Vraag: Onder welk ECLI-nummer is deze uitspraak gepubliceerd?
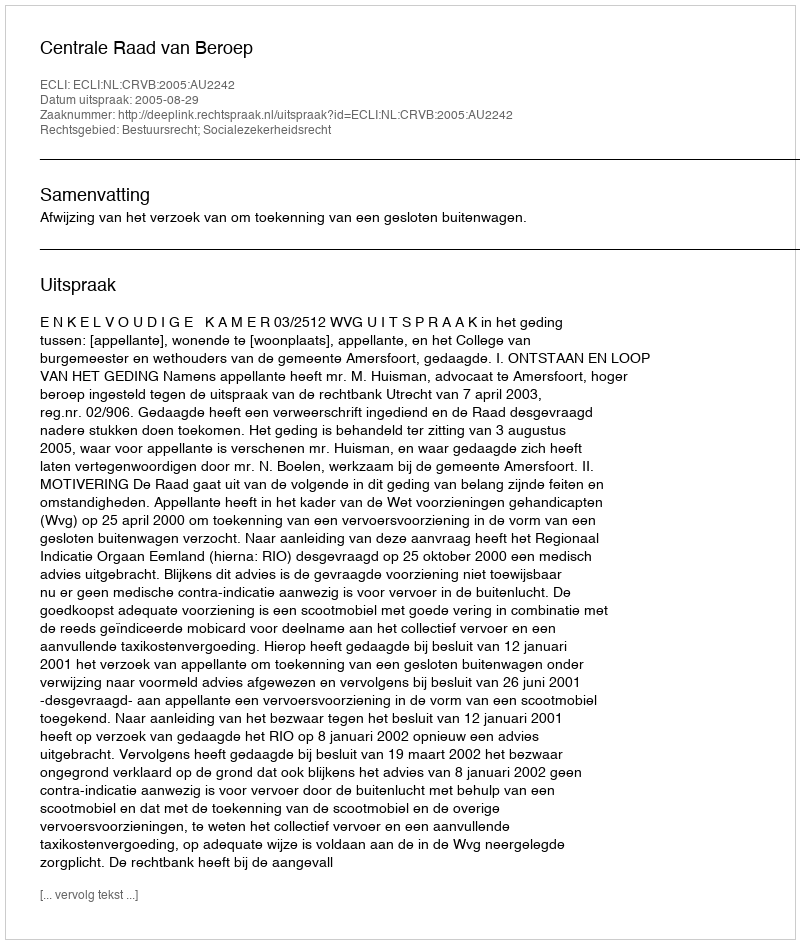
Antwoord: ECLI:NL:CRVB:2005:AU2242